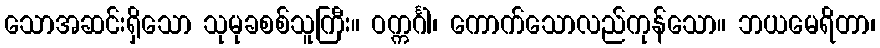
သောအဆင်းရှိသော သုမုခစစ်သူကြီး။ ဝက္ကင်္ဂါ၊ ကောက်သောလည်ကုန်သော။ ဘယမေရိတာ၊